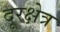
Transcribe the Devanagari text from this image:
दूरक्षेत्र